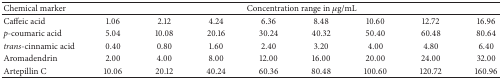
<table><thead><tr><td><b>Chemical marker</b></td><td colspan="8"><b>Concentration range in <i>μ</i>g/mL</b></td></tr></thead><tbody><tr><td>Caffeic acid</td><td>1.06</td><td>2.12</td><td>4.24</td><td>6.36</td><td>8.48</td><td>10.60</td><td>12.72</td><td>16.96</td></tr><tr><td><i>p</i>-coumaric acid</td><td>5.04</td><td>10.08</td><td>20.16</td><td>30.24</td><td>40.32</td><td>50.40</td><td>60.48</td><td>80.64</td></tr><tr><td><i>trans</i>-cinnamic acid</td><td>0.40</td><td>0.80</td><td>1.60</td><td>2.40</td><td>3.20</td><td>4.00</td><td>4.80</td><td>6.40</td></tr><tr><td>Aromadendrin</td><td>2.00</td><td>4.00</td><td>8.00</td><td>12.00</td><td>16.00</td><td>20.00</td><td>24.00</td><td>32.00</td></tr><tr><td>Artepillin C</td><td>10.06</td><td>20.12</td><td>40.24</td><td>60.36</td><td>80.48</td><td>100.60</td><td>120.72</td><td>160.96</td></tr></tbody></table>